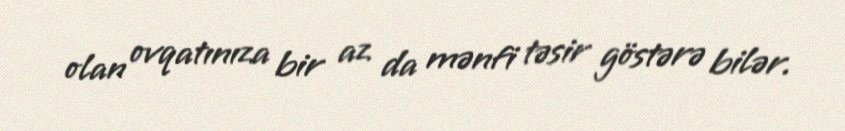
olan ovqatınıza bir az da mənfi təsir göstərə bilər.